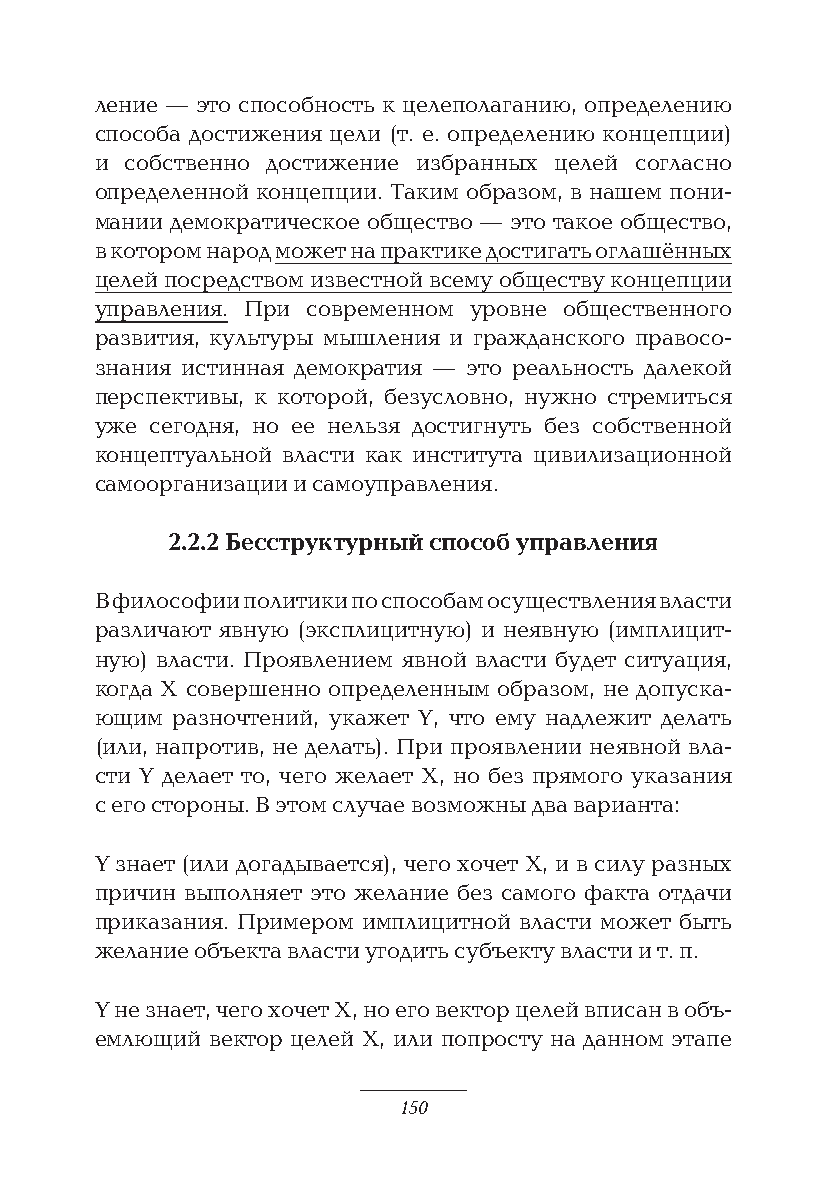
ление — это способность к целеполаганию, определению
 способа достижения цели (т. е. определению концепции)
 и собственно достижение избранных целей согласно
 определенной концепции. Таким образом, в нашем пони-
 мании демократическое общество — это такое общество,
 в котором народ может на практике достигать оглашённых
 целей посредством известной всему обществу концепции
 управления. При современном уровне общественного
 развития, культуры мышления и гражданского правосо-
 знания истинная демократия — это реальность далекой
 перспективы, к которой, безусловно, нужно стремиться
 уже сегодня, но ее нельзя достигнуть без собственной
 концептуальной власти как института цивилизационной
 самоорганизации и самоуправления.
 2.2.2 Бесструктурный способ управления
 В философии политики по способам осуществления власти
 различают явную (эксплицитную) и неявную (имплицит-
 ную) власти. Проявлением явной власти будет ситуация,
 когда X совершенно определенным образом, не допуска-
 ющим разночтений, укажет Y, что ему надлежит делать
 (или, напротив, не делать). При проявлении неявной вла-
 сти Y делает то, чего желает X, но без прямого указания
 с его стороны. В этом случае возможны два варианта:
 Y знает (или догадывается), чего хочет Х, и в силу разных
 причин выполняет это желание без самого факта отдачи
 приказания. Примером имплицитной власти может быть
 желание объекта власти угодить субъекту власти и т. п.
 Y не знает, чего хочет Х, но его вектор целей вписан в объ-
 емлющий вектор целей Х, или попросту на данном этапе
 150